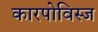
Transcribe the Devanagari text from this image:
कारपोविस्ज